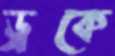
ড্রকে